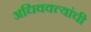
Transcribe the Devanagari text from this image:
अधिवक्त्यांची